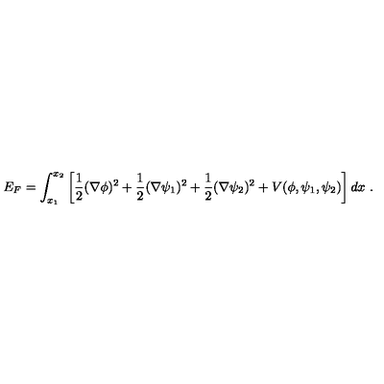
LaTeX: E _ { F } = \int _ { x _ { 1 } } ^ { x _ { 2 } } \left[ { \frac { 1 } { 2 } } ( \nabla \phi ) ^ { 2 } + { \frac { 1 } { 2 } } ( \nabla \psi _ { 1 } ) ^ { 2 } + { \frac { 1 } { 2 } } ( \nabla \psi _ { 2 } ) ^ { 2 } + V ( \phi , \psi _ { 1 } , \psi _ { 2 } ) \right] d x \ .